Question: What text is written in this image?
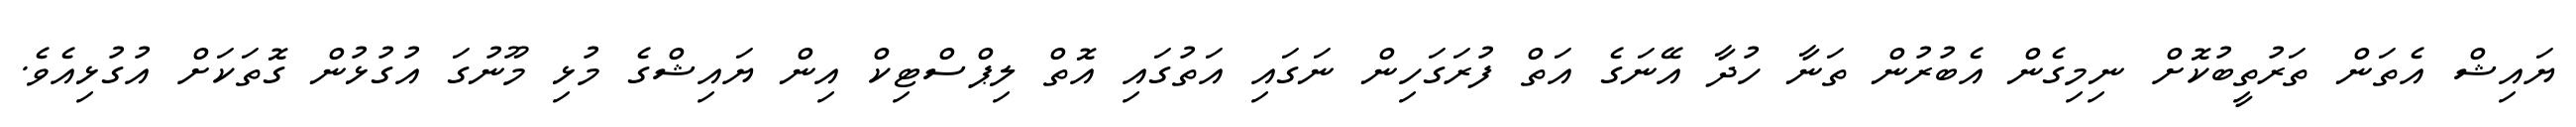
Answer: ޔައިޝް އެތަން ތަރުތީބުކޮށް ނިމިގެން އެބުރުން ތަނާ ހުދާ އޭނަގެ އަތް ފުރަގަހިން ނަގައި އަތުގައި އޮތް ލިޕްސްޓިކް އިން ޔައިޝްގެ މުޅި މޫނުގަ އުގުޅުން ގޮތަކަށް އުގުޅިއެވެ.